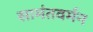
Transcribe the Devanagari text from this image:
सामंतवर्मन